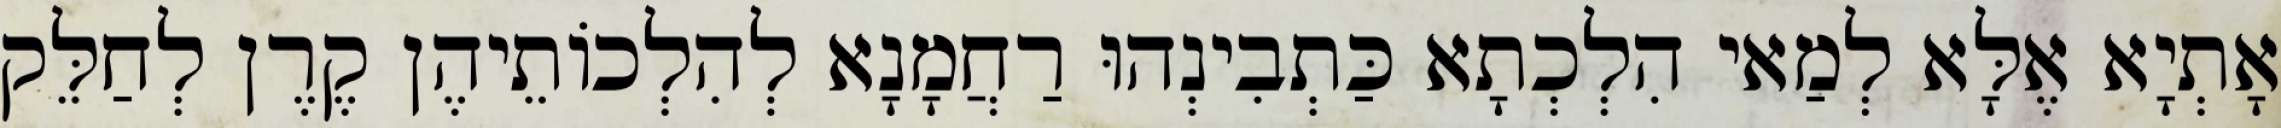
אָתְיָא אֶלָּא לְמַאי הִלְכְתָא כַּתְבִינְהוּ רַחֲמָנָא לְהִלְכוֹתֵיהֶן קֶרֶן לְחַלֵּק